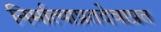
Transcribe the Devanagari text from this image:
निर्मात्याप्रतदेवाप्रत